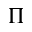
\Pi